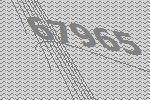
67965